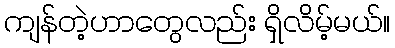
ကျန်တဲ့ဟာတွေလည်း ရှိလိမ့်မယ်။